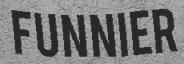
FUNNIER